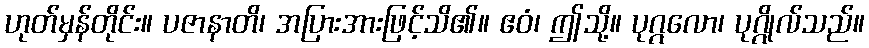
ဟုတ်မှန်တိုင်း။ ပဇာနာတိ၊ အပြားအားဖြင့်သိ၏။ ဧဝံ၊ ဤသို့။ ပုဂ္ဂလော၊ ပုဂ္ဂိုလ်သည်။